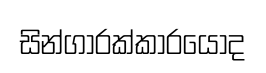
සින්ගාරක්කාරයොද